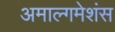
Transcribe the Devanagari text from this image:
अमाल्गमेशंस